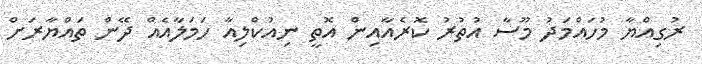
ރުގިއްޔާ މުހައްމަދު މޫސާ އުތުރު ކޮރެއާއިން އޮތީ ނިއުކްލިއާ ހަމަލާއެއް ދޭން ތައްޔާރަށް